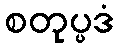
စတုပ္ပဒံ